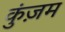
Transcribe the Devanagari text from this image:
कुंज़म